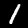
Digit: 1